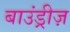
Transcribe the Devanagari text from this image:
बाउंड्रीज़